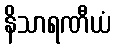
နိသာရဏီယံ